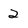
Character: 2